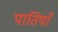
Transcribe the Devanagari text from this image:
पातियाँ